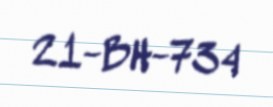
21-BH-734